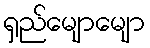
ရှည်မျောမျော